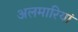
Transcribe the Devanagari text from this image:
अलमारियां